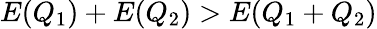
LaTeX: E(Q_{1})+E(Q_{2})>E(Q_{1}+Q_{2})